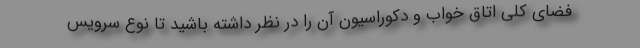
فضای کلی اتاق خواب و دکوراسیون آن را در نظر داشته باشید تا نوع سرویس